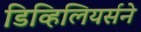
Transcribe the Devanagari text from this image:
डिव्हिलियर्सने